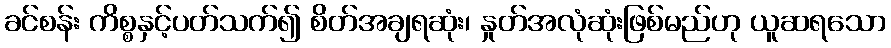
ခင်စန်း ကိစ္စနှင့်ပတ်သက်၍ စိတ်အချရဆုံး၊ နှုတ်အလုံဆုံးဖြစ်မည်ဟု ယူဆရသော